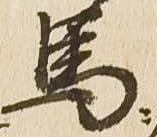
馬